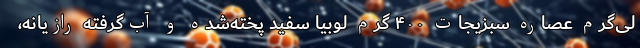
لی‌گرم عصاره سبزیجات ۴۰۰ گرم لوبیا سفید پخته‌شده و آب‌گرفته رازیانه،